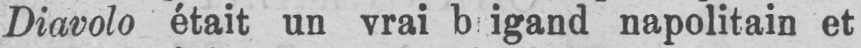
Diavolo était un vrai b igand napolitain et